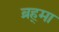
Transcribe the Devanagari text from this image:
ब्रह्‍मा